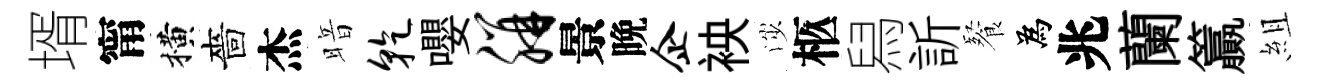
壻甯横嗇杰暗干嚶胼景晩企䘧渉柩舄訢餐為兆蘭籯組